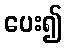
ပေး၍